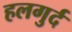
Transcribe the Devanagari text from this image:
हलगुर्द